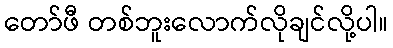
တော်ဖီ တစ်ဘူးလောက်လိုချင်လို့ပါ။